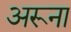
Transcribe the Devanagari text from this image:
अरूना